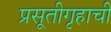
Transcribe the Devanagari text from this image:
प्रसूतीगृहाची